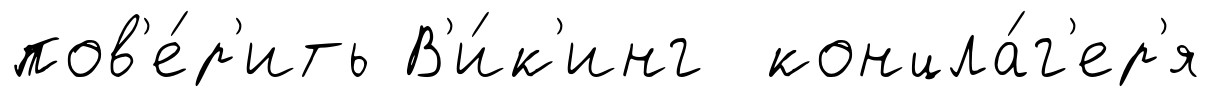
пов'е́р'ить В'и́к'инг концла́г'ер'я